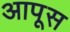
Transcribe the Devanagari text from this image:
आपूस